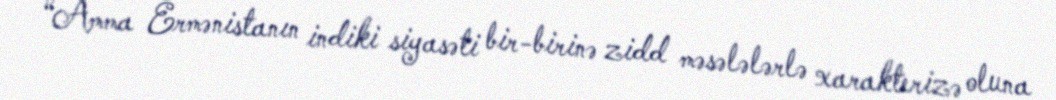
“Amma Ermənistanın indiki siyasəti bir-birinə zidd məsələlərlə xarakterizə oluna